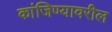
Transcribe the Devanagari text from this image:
कांजिण्यावरील